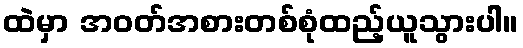
ထဲမှာ အဝတ်အစားတစ်စုံထည့်ယူသွားပါ။